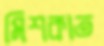
মিশকাত